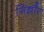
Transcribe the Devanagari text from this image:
गिन्नौर